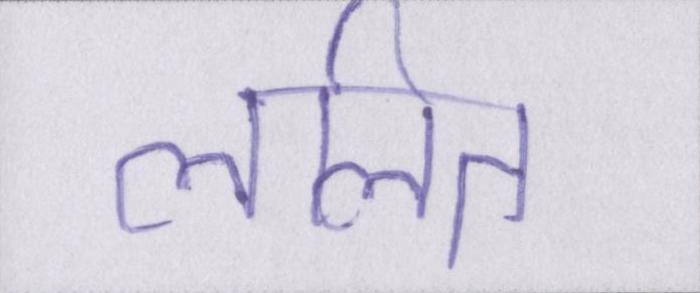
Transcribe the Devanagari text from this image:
ललित